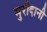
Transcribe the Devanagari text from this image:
मुरीदानी